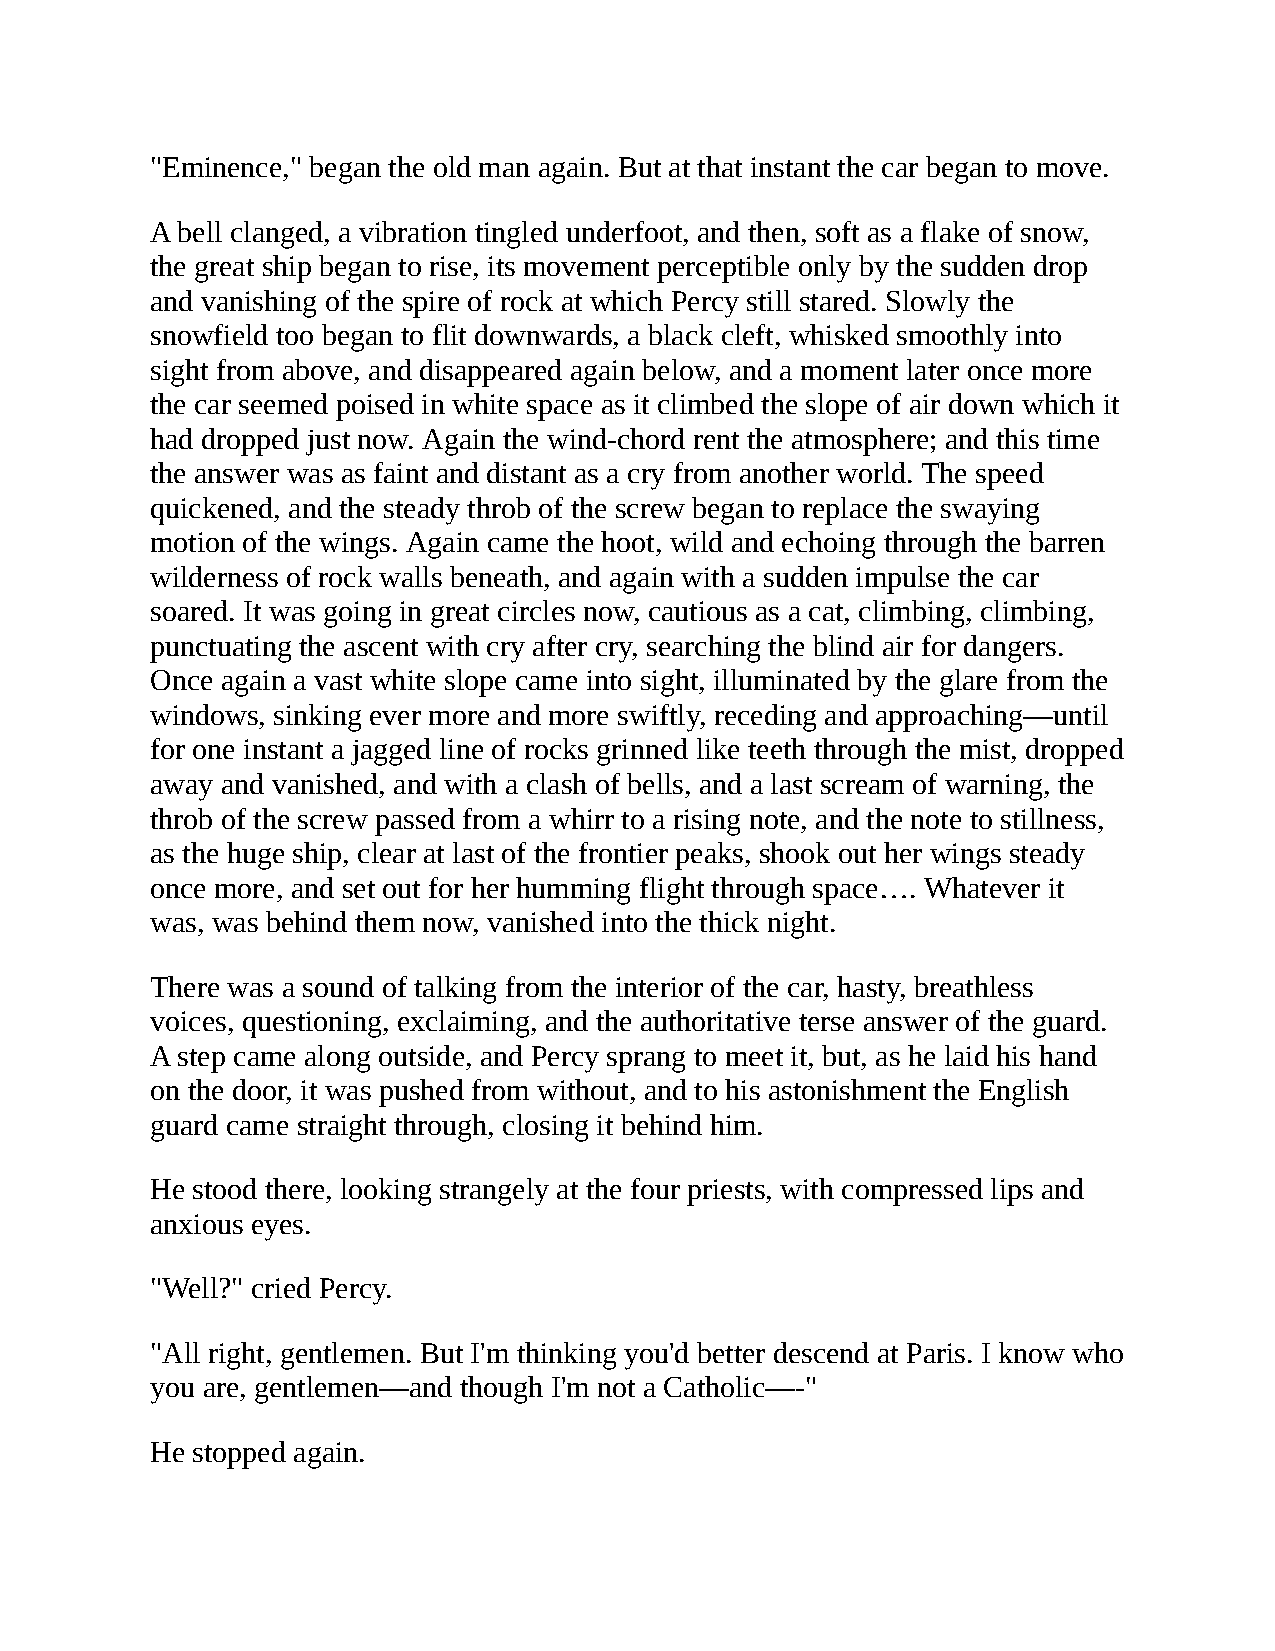
"Eminence," began the old man again. But at that instant the car began to move.
 A bell clanged, a vibration tingled underfoot, and then, soft as a flake of snow,
 the great ship began to rise, its movement perceptible only by the sudden drop
 and vanishing of the spire of rock at which Percy still stared. Slowly the
 snowfield too began to flit downwards, a black cleft, whisked smoothly into
 sight from above, and disappeared again below, and a moment later once more
 the car seemed poised in white space as it climbed the slope of air down which it
 had dropped just now. Again the wind-chord rent the atmosphere; and this time
 the answer was as faint and distant as a cry from another world. The speed
 quickened, and the steady throb of the screw began to replace the swaying
 motion of the wings. Again came the hoot, wild and echoing through the barren
 wilderness of rock walls beneath, and again with a sudden impulse the car
 soared. It was going in great circles now, cautious as a cat, climbing, climbing,
 punctuating the ascent with cry after cry, searching the blind air for dangers.
 Once again a vast white slope came into sight, illuminated by the glare from the
 windows, sinking ever more and more swiftly, receding and approaching—until
 for one instant a jagged line of rocks grinned like teeth through the mist, dropped
 away and vanished, and with a clash of bells, and a last scream of warning, the
 throb of the screw passed from a whirr to a rising note, and the note to stillness,
 as the huge ship, clear at last of the frontier peaks, shook out her wings steady
 once more, and set out for her humming flight through space…. Whatever it
 was, was behind them now, vanished into the thick night.
 There was a sound of talking from the interior of the car, hasty, breathless
 voices, questioning, exclaiming, and the authoritative terse answer of the guard.
 A step came along outside, and Percy sprang to meet it, but, as he laid his hand
 on the door, it was pushed from without, and to his astonishment the English
 guard came straight through, closing it behind him.
 He stood there, looking strangely at the four priests, with compressed lips and
 anxious eyes.
 "Well?" cried Percy.
 "All right, gentlemen. But I'm thinking you'd better descend at Paris. I know who
 you are, gentlemen—and though I'm not a Catholic—-"
 He stopped again.